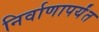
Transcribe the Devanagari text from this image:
निर्वाणापर्यंत